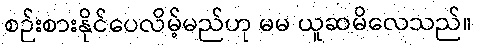
စဉ်းစားနိုင်ပေလိမ့်မည်ဟု မမ ယူဆမိလေသည်။